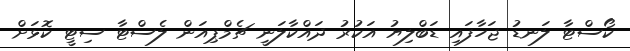
ކޯސްޓާ ލަނޑު ޖަހާފައި ޑަބްލިޔު އަކުރު ދައްކާލަނީ ޗެމްޕިއަން ލެސްޓާ ސިޓީ ކޮޅަށް